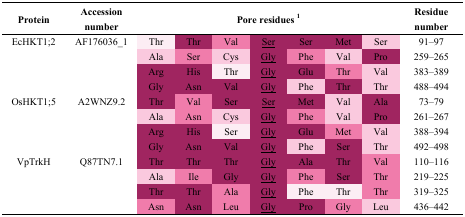
<table><thead><tr><td><b>Protein</b></td><td><b>Accession number</b></td><td colspan="7"><b>Pore residues 1</b></td><td><b>Residue number</b></td></tr></thead><tbody><tr><td>EcHKT1;2</td><td>AF176036_1</td><td>Thr</td><td>Thr</td><td>Val</td><td><underline>Ser</underline></td><td>Ser</td><td>Met</td><td>Ser</td><td>91–97</td></tr><tr><td></td><td></td><td>Ala</td><td>Ser</td><td>Cys</td><td><underline>Gly</underline></td><td>Phe</td><td>Val</td><td>Pro</td><td>259–265</td></tr><tr><td></td><td></td><td>Arg</td><td>His</td><td>Thr</td><td><underline>Gly</underline></td><td>Glu</td><td>Thr</td><td>Val</td><td>383–389</td></tr><tr><td></td><td></td><td>Gly</td><td>Asn</td><td>Val</td><td><underline>Gly</underline></td><td>Phe</td><td>Thr</td><td>Thr</td><td>488–494</td></tr><tr><td>OsHKT1;5</td><td>A2WNZ9.2</td><td>Thr</td><td>Val</td><td>Ser</td><td><underline>Ser</underline></td><td>Met</td><td>Val</td><td>Ala</td><td>73–79</td></tr><tr><td></td><td></td><td>Ala</td><td>Asn</td><td>Cys</td><td><underline>Gly</underline></td><td>Phe</td><td>Val</td><td>Pro</td><td>261–267</td></tr><tr><td></td><td></td><td>Arg</td><td>His</td><td>Ser</td><td><underline>Gly</underline></td><td>Glu</td><td>Met</td><td>Val</td><td>388–394</td></tr><tr><td></td><td></td><td>Gly</td><td>Asn</td><td>Val</td><td><underline>Gly</underline></td><td>Phe</td><td>Ser</td><td>Thr</td><td>492–498</td></tr><tr><td>VpTrkH</td><td>Q87TN7.1</td><td>Thr</td><td>Thr</td><td>Thr</td><td><underline>Gly</underline></td><td>Ala</td><td>Thr</td><td>Val</td><td>110–116</td></tr><tr><td></td><td></td><td>Ala</td><td>Ile</td><td>Gly</td><td><underline>Gly</underline></td><td>Phe</td><td>Ser</td><td>Thr</td><td>219–225</td></tr><tr><td></td><td></td><td>Thr</td><td>Thr</td><td>Ala</td><td><underline>Gly</underline></td><td>Phe</td><td>Thr</td><td>Thr</td><td>319–325</td></tr><tr><td></td><td></td><td>Asn</td><td>Asn</td><td>Leu</td><td><underline>Gly</underline></td><td>Pro</td><td>Gly</td><td>Leu</td><td>436–442</td></tr></tbody></table>